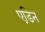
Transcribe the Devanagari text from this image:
एडिन